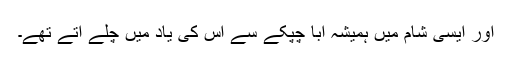
اور ایسی شام میں ہمیشہ اباّ چپکے سے اس کی یاد میں چلے آتے تھے۔